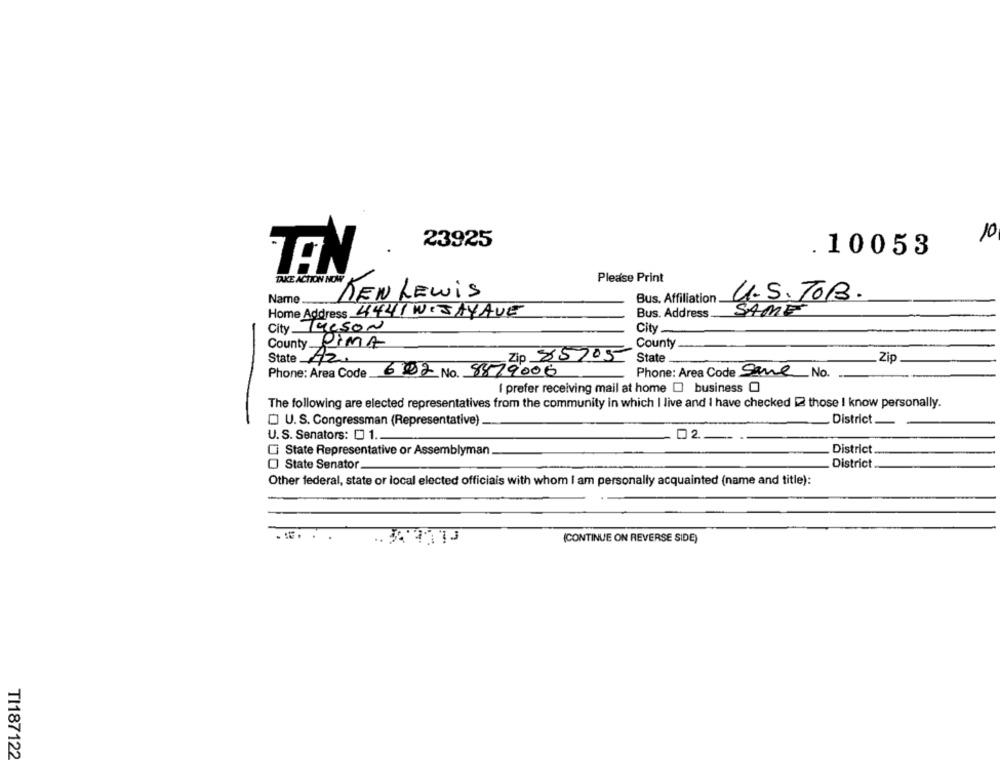
23925
10
10053
TEN
TAKE ACTION NOW
Please Print
KEN LEWIS
Name .....
Bus. Affiliation.
U.S.TOB.
SAME
Home Address 4441 WIJAYAVE
Bus. Address
City GesON
City_
County RIMA
County
Zip 85705
State
Zip
State 42.
Phone: Area Code 6002 No. 8879006
Phone: Area Code Same No.
I prefer receiving mail at home [ business 0
The following are elected representatives from the community in which I live and I have checked 2 those I know personally.
U.S. Congressman (Representative)
District.
U. S. Senators: 01 ..
02
District
Ci State Representative or Assemblyman.
District
State Senator
Other federal, state or local elected officials with whom I am personally acquainted (name and title):
(CONTINUE ON REVERSE SIDE)
TI187122